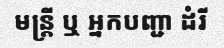
មន្ត្រី ឬ អ្នកបញ្ជា ដំរី